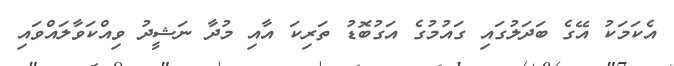
އެކަމަކު އޭގެ ބަދަލުގައި ގައުމުގެ އަގުބޮޑު ތަރިކަ އާއި މުދާ ނަޝީދު ވިއްކަވާލައްވައި